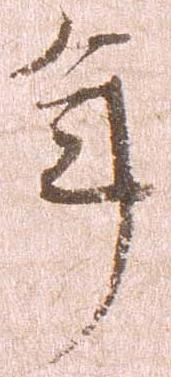
年